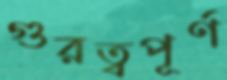
গুরত্বপূর্ণ